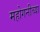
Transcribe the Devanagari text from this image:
महोगनीच्या